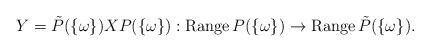
LaTeX: \begin{align*}Y=\tilde{P}(\{\omega\})XP(\{\omega\}): \operatorname{Range} P(\{\omega\}) \to \operatorname{Range} \tilde{P}(\{\omega\}).\end{align*}